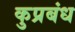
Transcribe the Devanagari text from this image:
कुप्रबंध